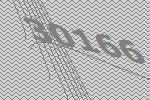
30166